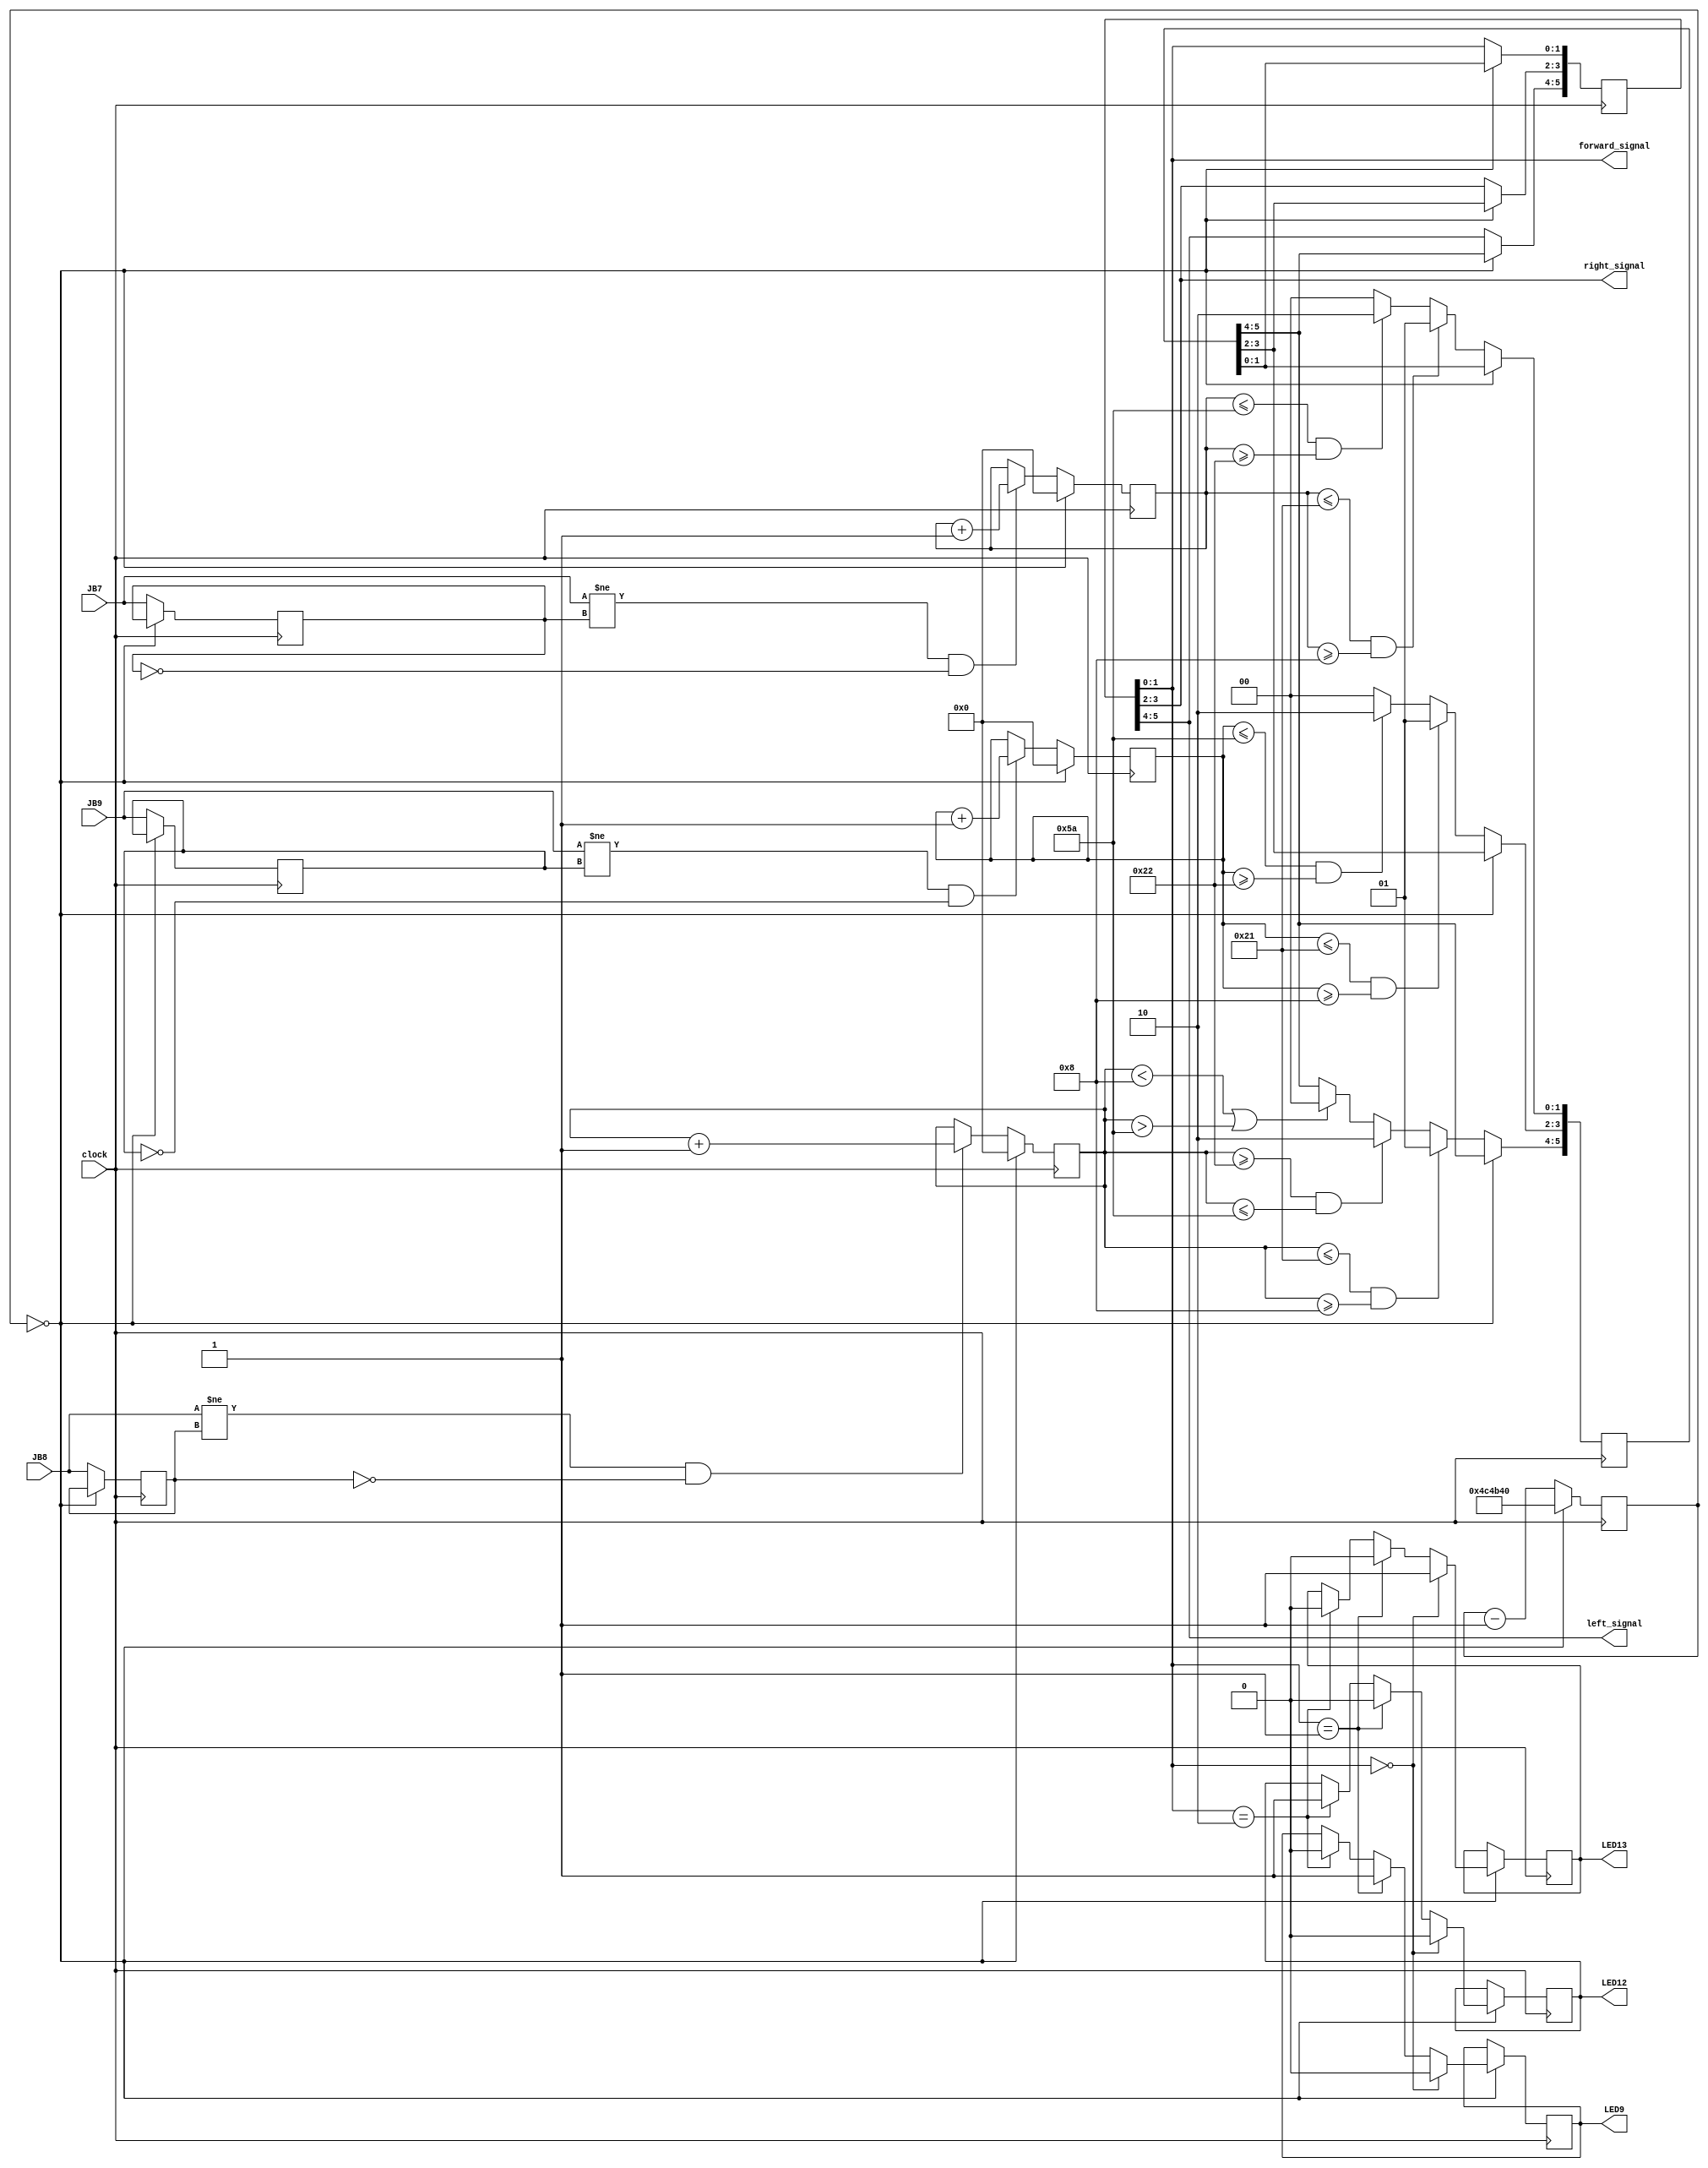
`timescale 1ns / 1ps


module Frequency_Signal_Detection(
    input JB7, JB8, JB9, clock,
    output [1:0] forward_signal, left_signal, right_signal,
    output LED9, LED12, LED13
    );
    reg LED9_temp, LED12_temp, LED13_temp;
    reg [31:0] counter;
    reg [16:0] forward_counter;
    reg [16:0] left_counter;
    reg [16:0] right_counter;
    reg last_forward, last_left, last_right;
    reg [5:0] signal_temp, last_signal;
    parameter   friendly_freq_high = 33,
                friendly_freq_low = 8,
                enemy_freq_high = 90,
                enemy_freq_low = 34,
                clock_max = 5000000;


    initial begin
        counter = 0;
        last_forward = 0;
        last_left = 0;
        last_right = 0;
        forward_counter = 0;   
        left_counter = 0;      
        right_counter = 0;
        signal_temp[1:0] <= 0;
        signal_temp[5:4] <= 0;
        signal_temp[3:2] <= 0;
    end


    always@(posedge clock) begin
        if (counter == 0) begin     // if one cycle completes
            counter <= clock_max;   // reset to max
            if(last_signal[1:0] == 2'b00) begin
                LED13_temp <= 1;
                LED12_temp <= 0;
                LED9_temp <= 0; end
            else if(last_signal[1:0] == 2'b01) begin
                LED9_temp <= 1;
                LED13_temp <= 0;
                LED12_temp <= 0; end
            else if(last_signal[1:0] == 2'b10) begin
                LED12_temp <= 1;
                LED9_temp <= 0;
                LED13_temp <= 0; end

            forward_counter = 0;   // reset forward counter
            left_counter = 0;      // reset left counter
            right_counter = 0;     // reset right counter
            
            last_signal[1:0] <= signal_temp[1:0];
            last_signal[3:2] <= signal_temp[3:2];
            last_signal[5:4] <= signal_temp[5:4];     
        end
        else begin
            counter <= counter - 1; //decrement

            if (JB7 != last_forward && last_forward == 0)
                forward_counter <= forward_counter + 1;
            if (JB8 != last_left && last_left == 0)
                left_counter <= left_counter + 1;
            if (JB9 != last_right && last_right == 0)
                right_counter <= right_counter + 1;

            last_forward <= JB7;
            last_left <= JB8;
            last_right <= JB9;
            //--------------------FORWARD SIGNAL CONDITION CHECK---------------------//
            if (((forward_counter <= friendly_freq_high) && (forward_counter >= friendly_freq_low))) begin
                signal_temp[1:0] <= 2'b01; // friendly 
                //LED9_temp <= 1; 
                end
            else if ((forward_counter <= enemy_freq_high && forward_counter >= enemy_freq_low)) begin
                signal_temp[1:0] <= 2'b10; // enemy
                //LED12_temp <= 1; 
                end
            else begin
                signal_temp[1:0] <= 2'b00; // no detection
                //LED13_temp <= 1; 
                end
            //--------------------LEFT SIGNAL CONDITION CHECK---------------------//
            if ((left_counter <= friendly_freq_high && left_counter >= friendly_freq_low)) begin  //&& counter <= clock_thresh
                signal_temp[5:4] <= 2'b01;
                //LED9_temp <= 1; 
                end
            else if ((left_counter >= enemy_freq_low && left_counter <= enemy_freq_high)) begin
                signal_temp[5:4] <= 2'b10;
                //LED9_temp <= 1; 
                end
            else if ((left_counter < friendly_freq_low || left_counter > enemy_freq_high)) begin
                signal_temp[5:4] <= 2'b00;
                //LED9_temp <= 0; 
                end
        //--------------------RIGHT SIGNAL CONDITION CHECK---------------------//
        if ((right_counter <= friendly_freq_high && right_counter >= friendly_freq_low)) begin
            signal_temp[3:2] <= 2'b01;
            //LED9_temp <= 1; 
            end
        else if ((right_counter <= enemy_freq_high && right_counter >= enemy_freq_low)) begin
            signal_temp[3:2] <= 2'b10;
            //LED9_temp <= 1; 
            end
        else begin
            signal_temp[3:2] <= 2'b00;
            //LED9_temp <= 0; 
            end

        end
    end
    assign LED9 = LED9_temp;
    assign LED12 = LED12_temp;
    assign LED13 = LED13_temp;
    assign forward_signal[1:0] = last_signal[1:0];
    assign right_signal[1:0] = last_signal[3:2];
    assign left_signal[1:0] = last_signal[5:4];

endmodule